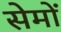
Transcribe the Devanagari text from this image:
सेमों